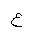
Letter: _ayn